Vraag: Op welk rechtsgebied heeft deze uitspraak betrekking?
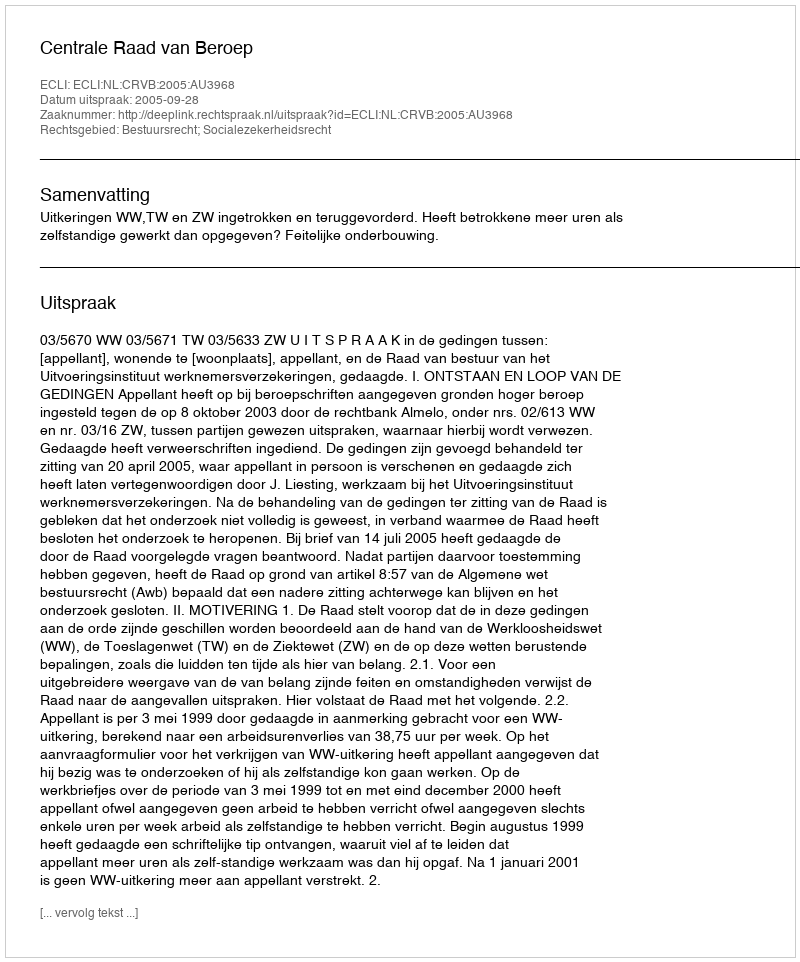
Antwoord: Bestuursrecht; Socialezekerheidsrecht